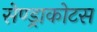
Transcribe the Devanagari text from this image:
सेण्ड्राकोटस